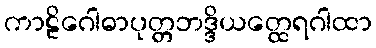
ကာဠိဂေါဓာပုတ္တဘဒ္ဒိယတ္ထေရဂါထာ